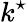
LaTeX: k^{\star}